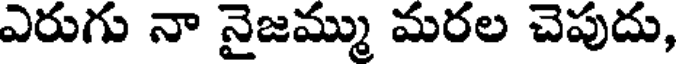
ఎరుగు నా నైజమ్ము మరల చెపుదు,